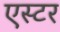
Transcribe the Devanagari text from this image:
एस्‍टर